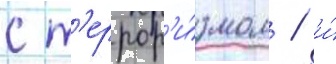
с т'еррор'и́змом / и́